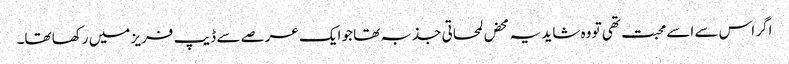
اگر اس سے اسے محبت تھی تو وہ شاید یہ محض لمحاتی جذبہ تھا جو ایک عرصے سے ڈیپ فریز میں رکھا تھا۔